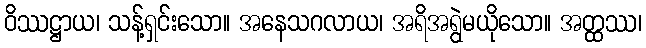
ဝိဿဋ္ဌာယ၊ သန့်ရှင်းသော။ အနေသဂလာယ၊ အရိအရွဲမယိုသော။ အတ္ထဿ၊